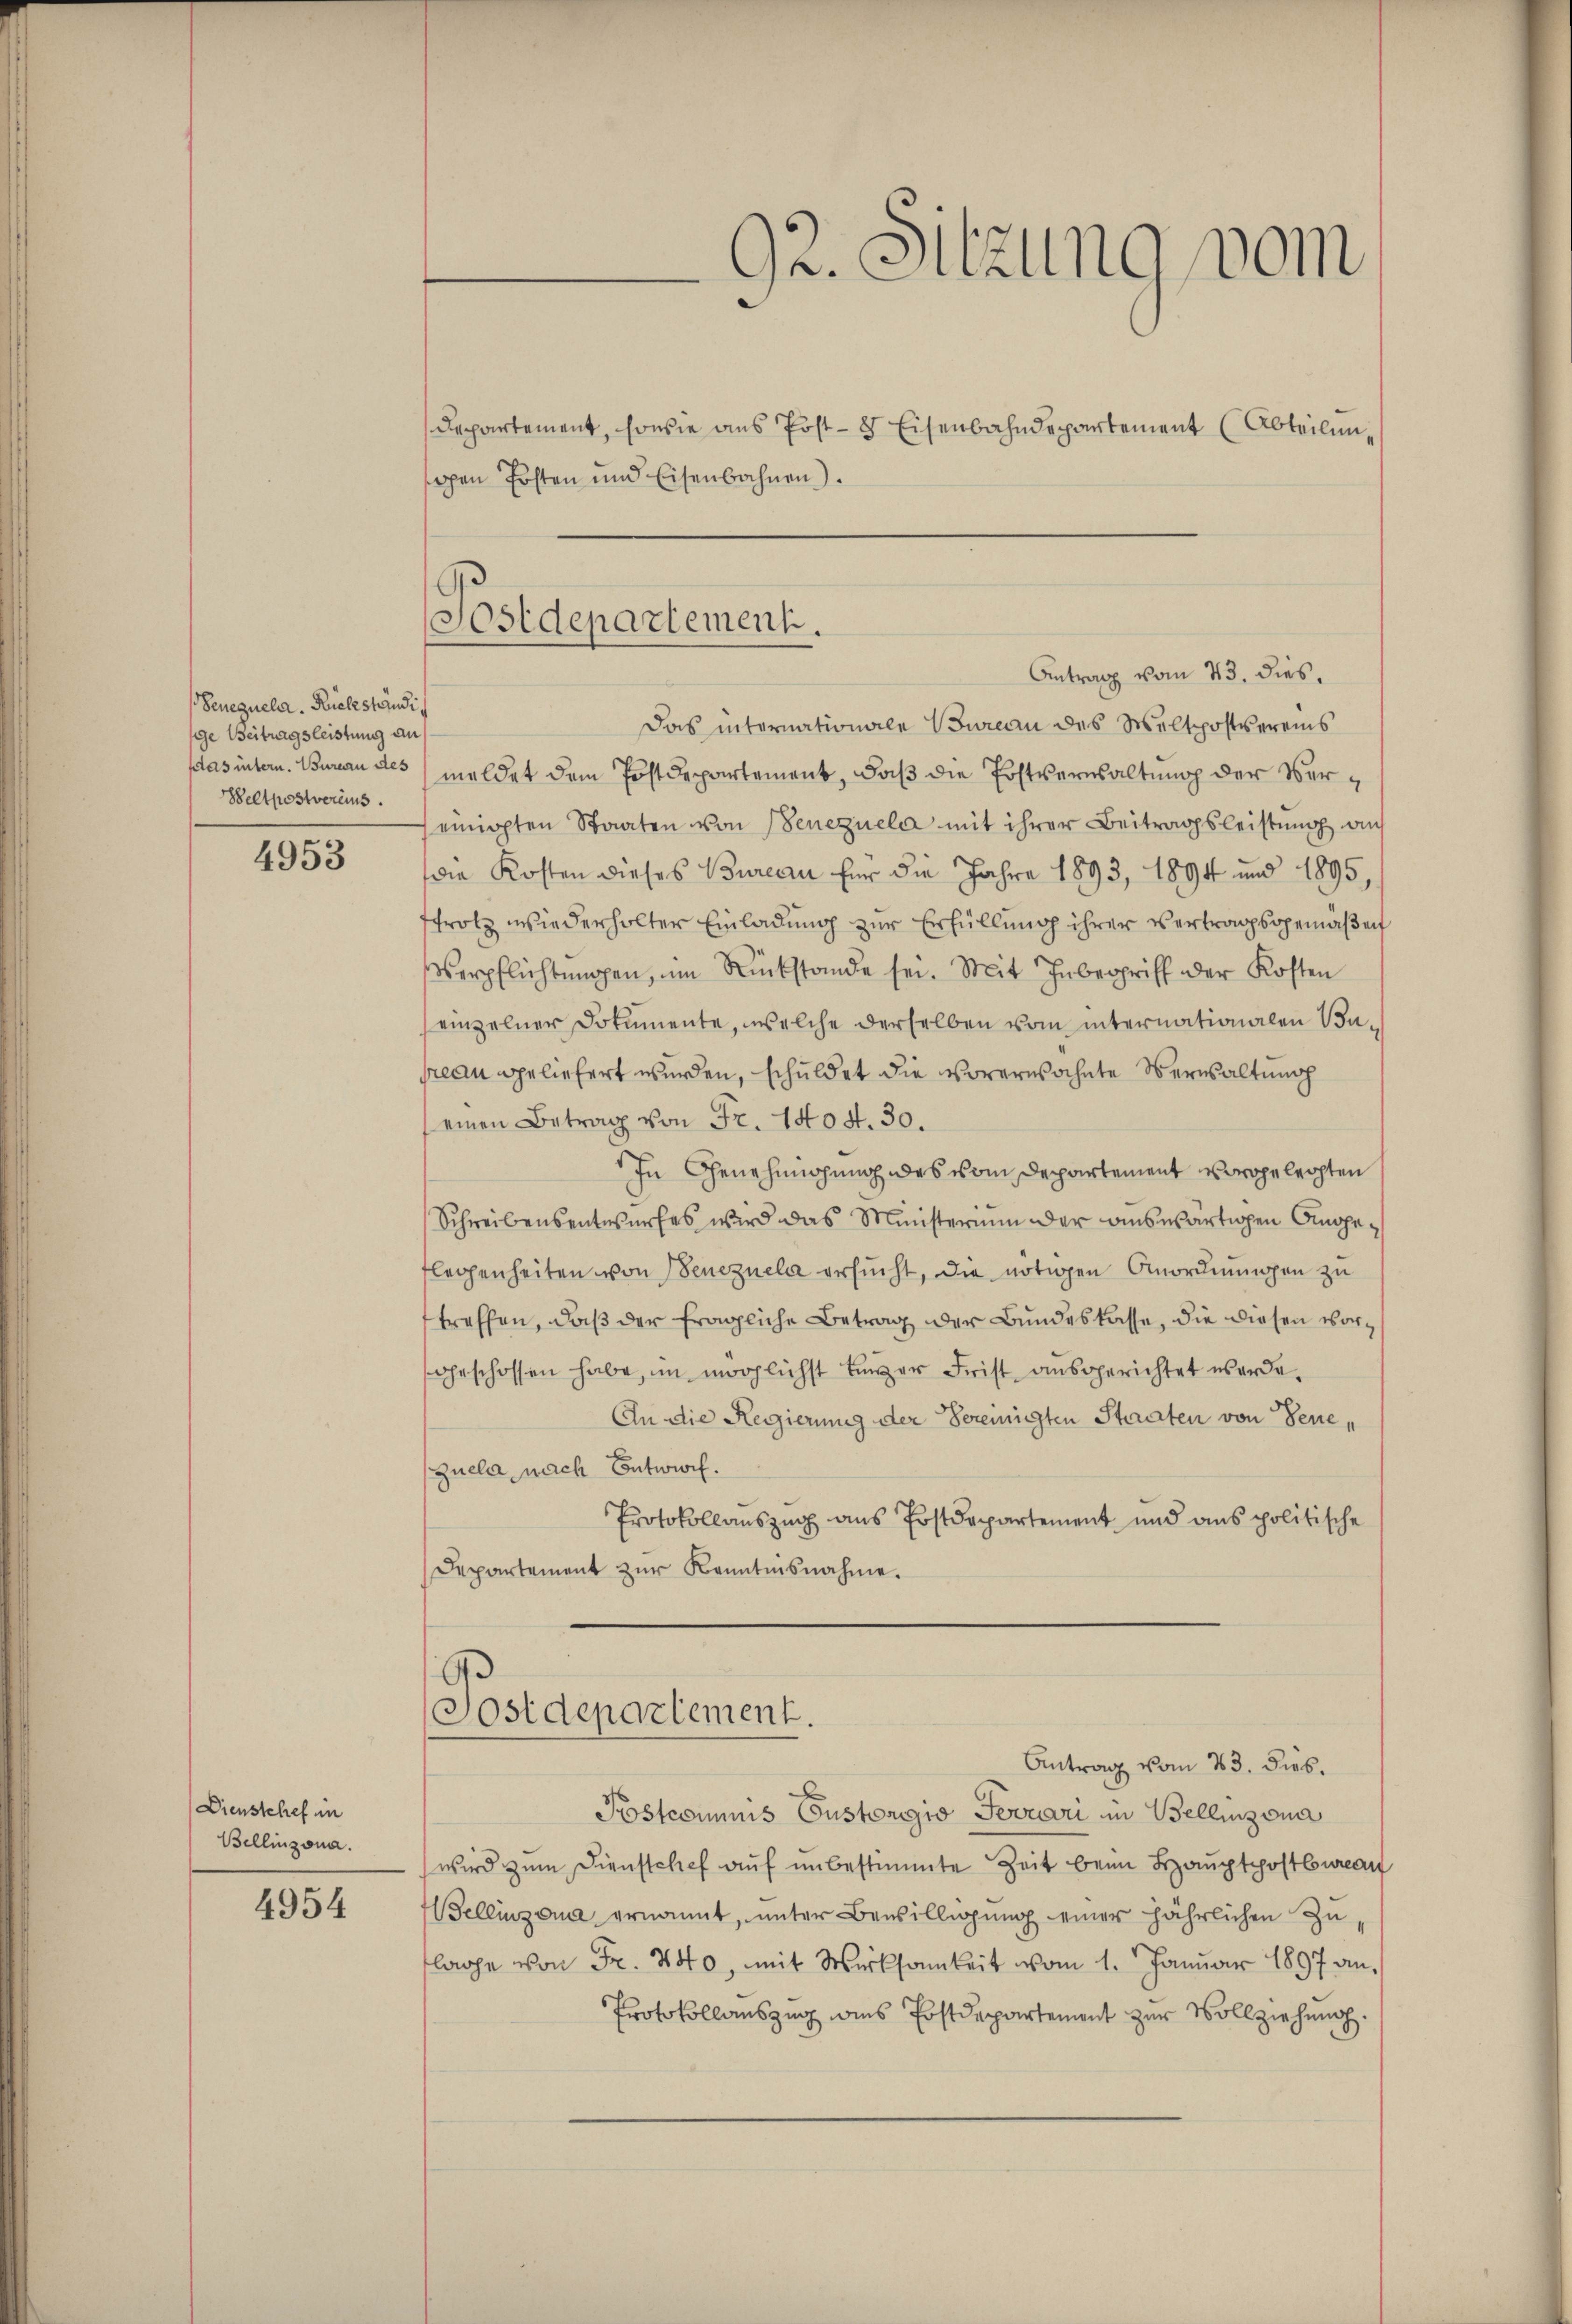
Senequela. Rückständig
ge Beitragsleistung an
las intern. Bureau des
Beltpostvereins

4953

Dienstelief in
Bellinzona.

4954

sopen Posten und Eisenbahnen).
Das internationale Bureau des Weltpostvereins
meldet dem Postdepartement, daß die Postverwaltung der Vereinigten Staaten von Benezuela mit ihrer Beitragsleistung an
die Kosten dieses Bureau für die Jahre 1893, 1894 und 1895,
trotz wiederholter Einladung zur Erfüllung ihrer Vertragsgemäßen
Verpflichtŭngen, im Rückstande sei. Mit Inbegriff der Kosten
einzelner Dokumente, welche derselben vom internationalen Bupreau geliefert werden, schuldet die vorerwähnte Verwaltung
einen Betrag von Fr. 1404. 30.
In Genehmigung des vom Departement vorgelechten
Schreibensentwurfes wird das Ministerium der auswärtigen Angeflegenheiten von Senezuela ersucht, die nötigen Anordnungen zu
treffen, daβ der fragliche Betrag der Bundeskasse, die diesen vorgeschossen habe, in möglichst Einger Frist ausgerichtet werde¬
An die Regierung der Vereinigten Staaten von Bene¬
Zuela, nach Entwurf.
Protokollauszug aus Postdepartement und ans politische
Departement zur Kenntnisnahme.

Antrag vom 23. Dieb.
Postcommis Custorgio Terrari in Bellinzona
wird zŭm Dienstchef auf unbestimmte Zeit beim Hauptpostbureau
Bellinzona ernannt, unter Bewilligung einer jährlichen Zu
flage von Fr. 440, mit Wirksamkeit vom 1. Januar 1897 an,
Protokollauszug ains Postdepartement zur Vollziehung

92. Sitzung vom

Departement, sowie aus Post- 8 Eisenbahndepartement (Abteilun¬

Postdepartement.
Antrag vom 23. dies

Postdepartement.